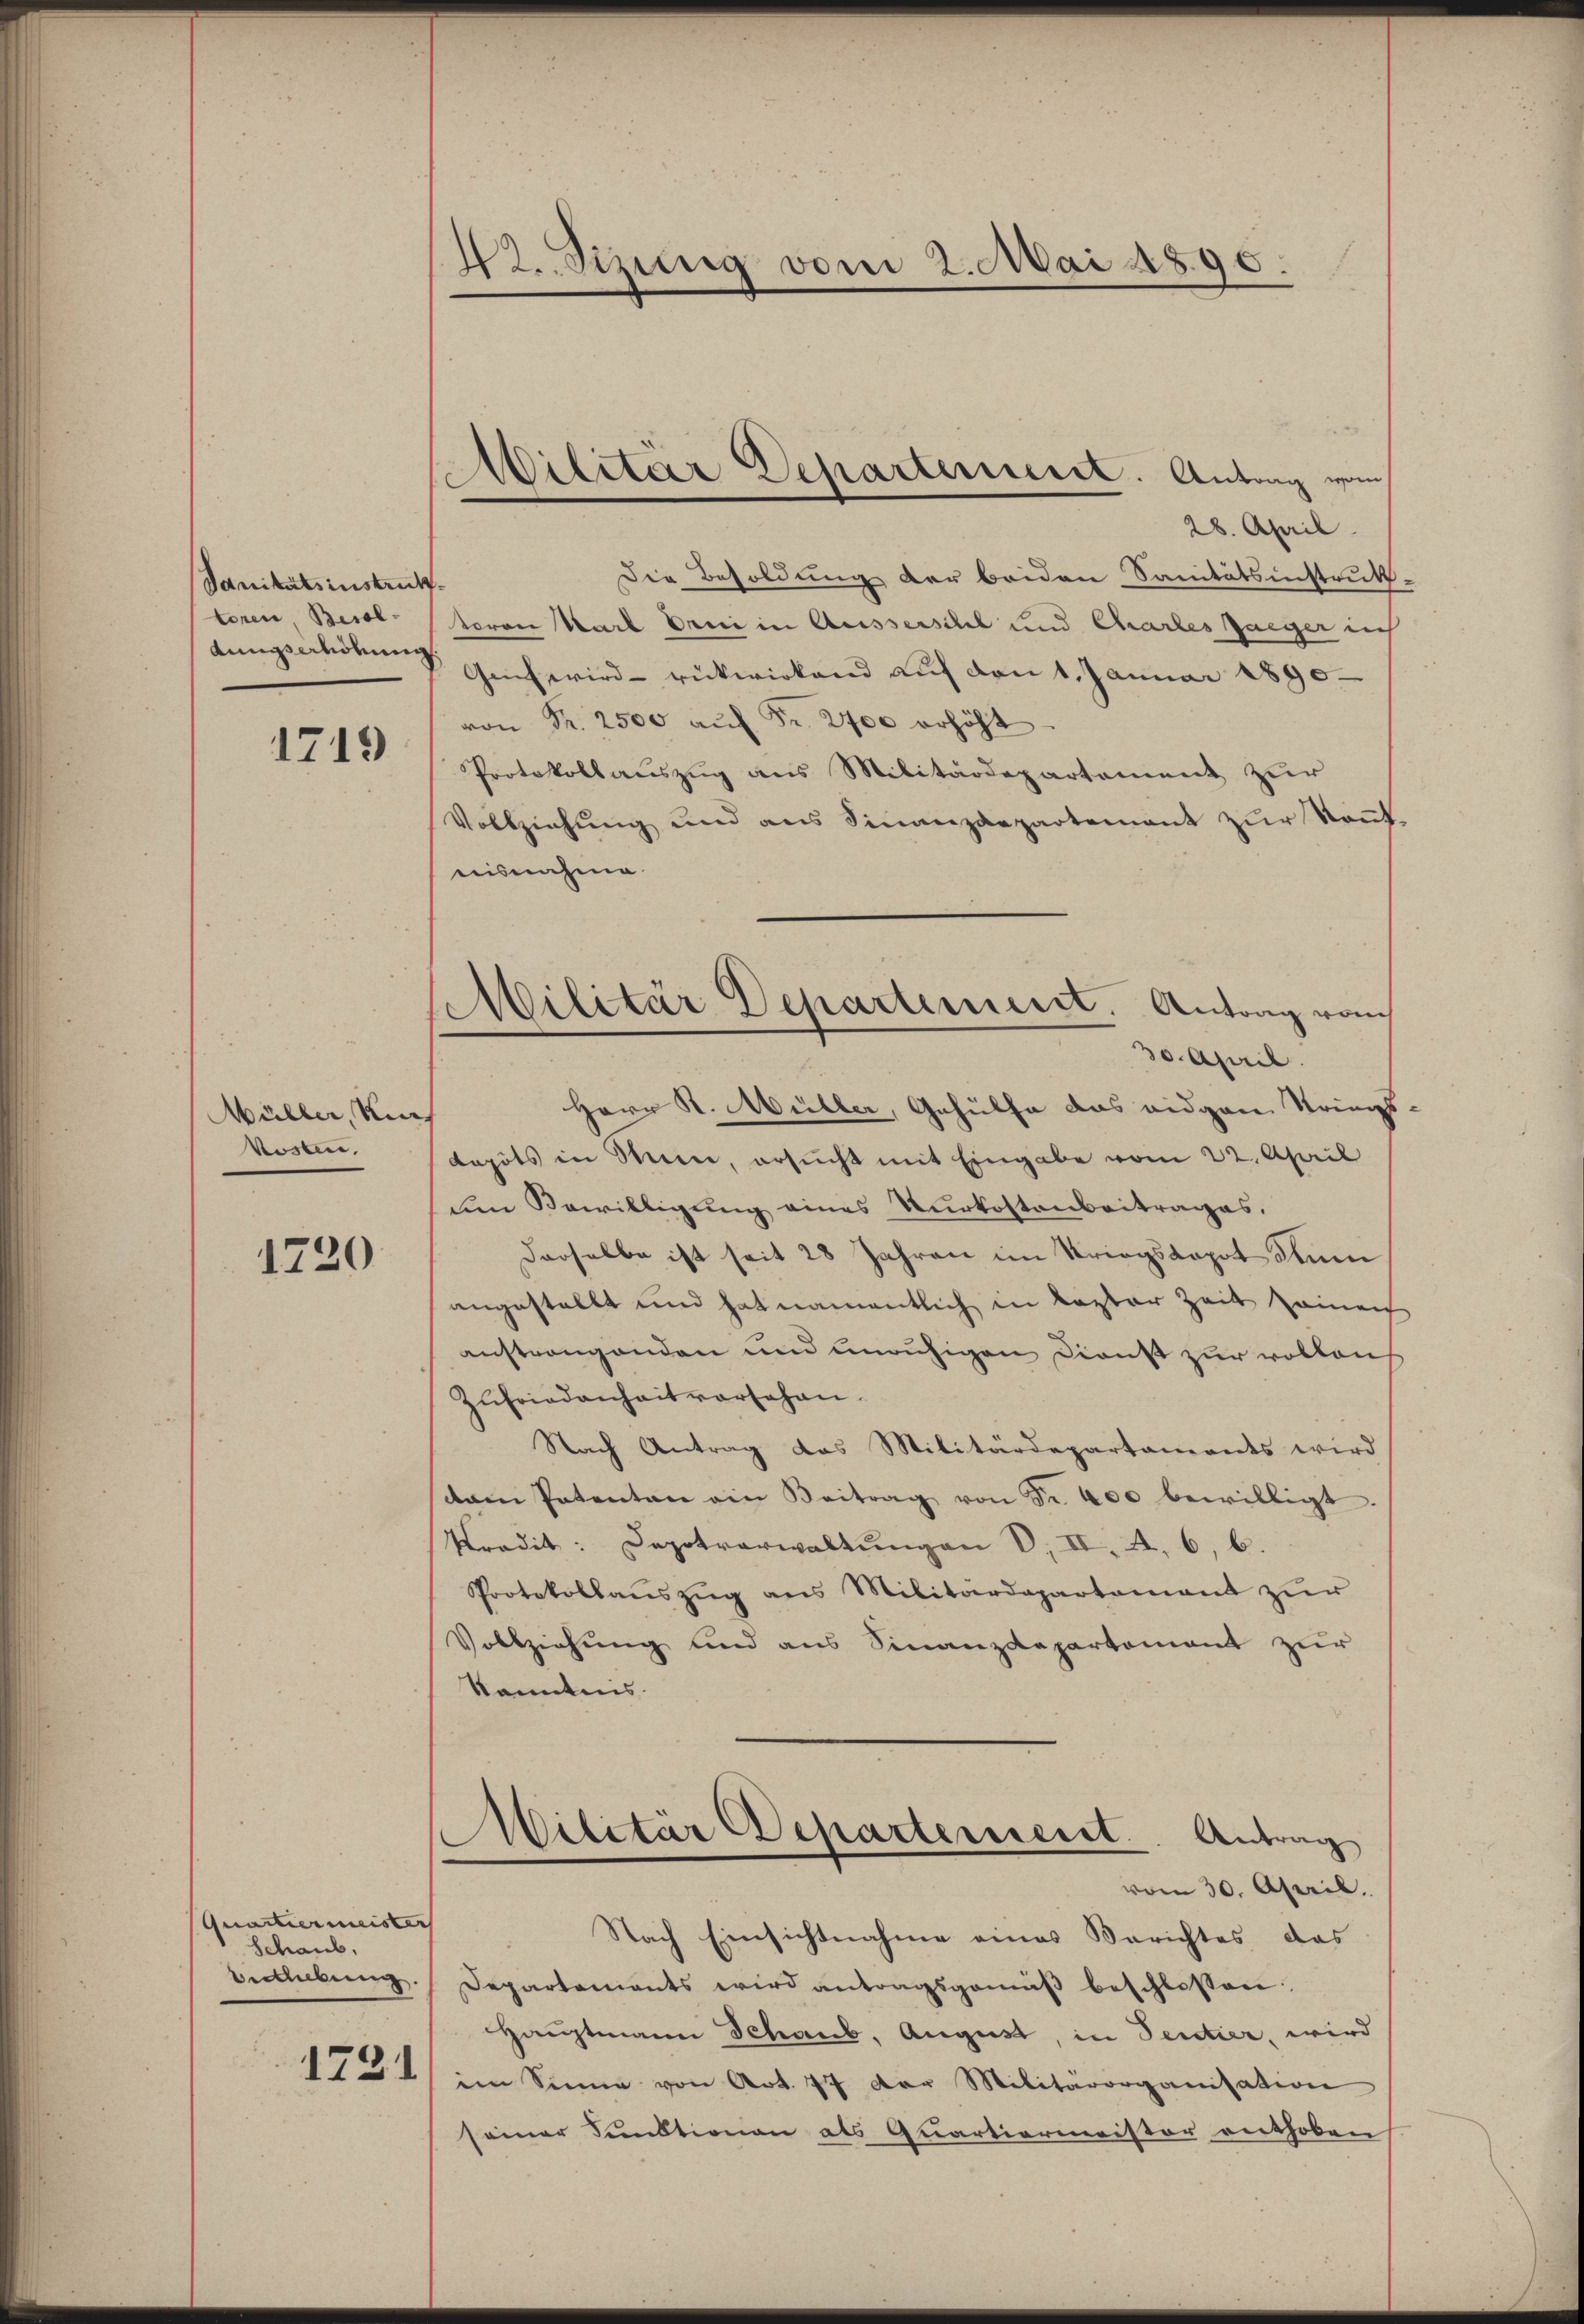
Sanitätsinstrukz
toren Besol¬
Kuniserhöhung.

1719

Müller, Ki
Vosten,

1720

Quartiermeister
Schaub,
Eerhebung.

1731

42. Sizung vom 2. Mai 1890.

Wilitar Departerieret. Antrag vom

Militär Departement. Antrag vom
30. April.

28. April
Die Besoldung der beiden Sanitätsinstrukt
toren Karl Erni in Ausserschel und Chartes zueger in
Geich wird rückwirkend auf den 1. Januar 1890
von Fr. 2500 aŭf Fr. 2700 erhöht
Protokollauszug aus Militärdepartement zur
Vollziehŭng und ans Finanzdepartenant zŭr Soṅt
nisnahme
Herr R. Müller, Gehülfe das eidgare Strings
¬
depots in Sinne, ersucht mit Eingabe vom 22. April
dem Bewilligung eines Kurkostenbeitrages.
Derselbe ist seit 28 Jahren im Kriegsdapot denn
angestellt und hat namentlich in lezter Zeit seinen
anstrangenden und unruhigen Dienst zur vollauf
Zufriedenheit vorsehen.
Nach Antrag das Militärdepartaments wird
am Patenten ein Beitrag von Sr. 400 bewilligt.
Ptradit: Depotverwaltungen V. II. A. 6, b.
Protokollaŭszŭg ans Militärdepartement zŭr
Vollziehung und aus Finanzdepartement zur
kanntens
Militär Departement. Antrag
vom 30. April.
Nach Einsichtnahme eines Berichtes das
Departements wird antragsgemäβ beschlossen
Hauptmann Schaub, August, in Sentier, wird
im Sinne von Art. 77 der Militärorganisation
seiner Sanktionen als Quartiermeister enthoben